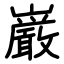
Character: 巌